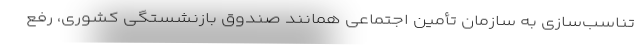
تناسب‌سازی به سازمان تأمین اجتماعی همانند صندوق بازنشستگی کشوری، رفع